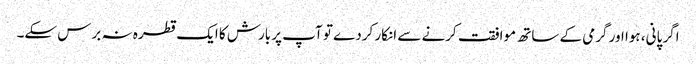
اگر پانی، ہوا اور گرمی کے ساتھ موافقت کرنے سے انکار کردے تو آپ پر بارش کا ایک قطرہ نہ برس سکے۔